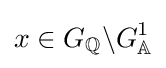
x\in G_{\mathbb {Q} }\backslash G_{\mathbb {A} }^{1}